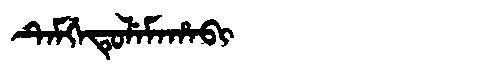
Manchu: ᡨᡝᠮᡤᡝᡨᡠᠯᡝᠮᠠᡥᠠᠪᡳ
Romanization: TEMGETULEMAHABI